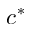
c ^ { * }